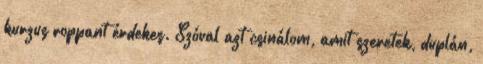
kurzus roppant érdekes. Szóval azt csinálom, amit szeretek, duplán,